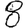
Digit: 8